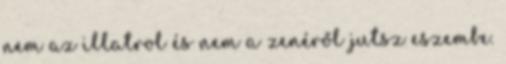
nem az illatrol és nem a zenéről jutsz eszembe.